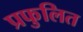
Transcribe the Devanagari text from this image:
प्रफुलित